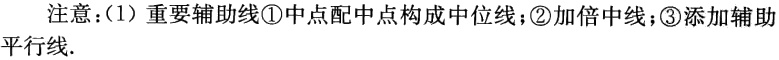
注意：(1) 重要辅助线\textcircled{1}中点配中点构成中位线；\textcircled{2}加倍中线；\textcircled{3}添加辅助
平行线.